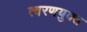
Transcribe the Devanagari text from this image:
त्वरणयुक्त